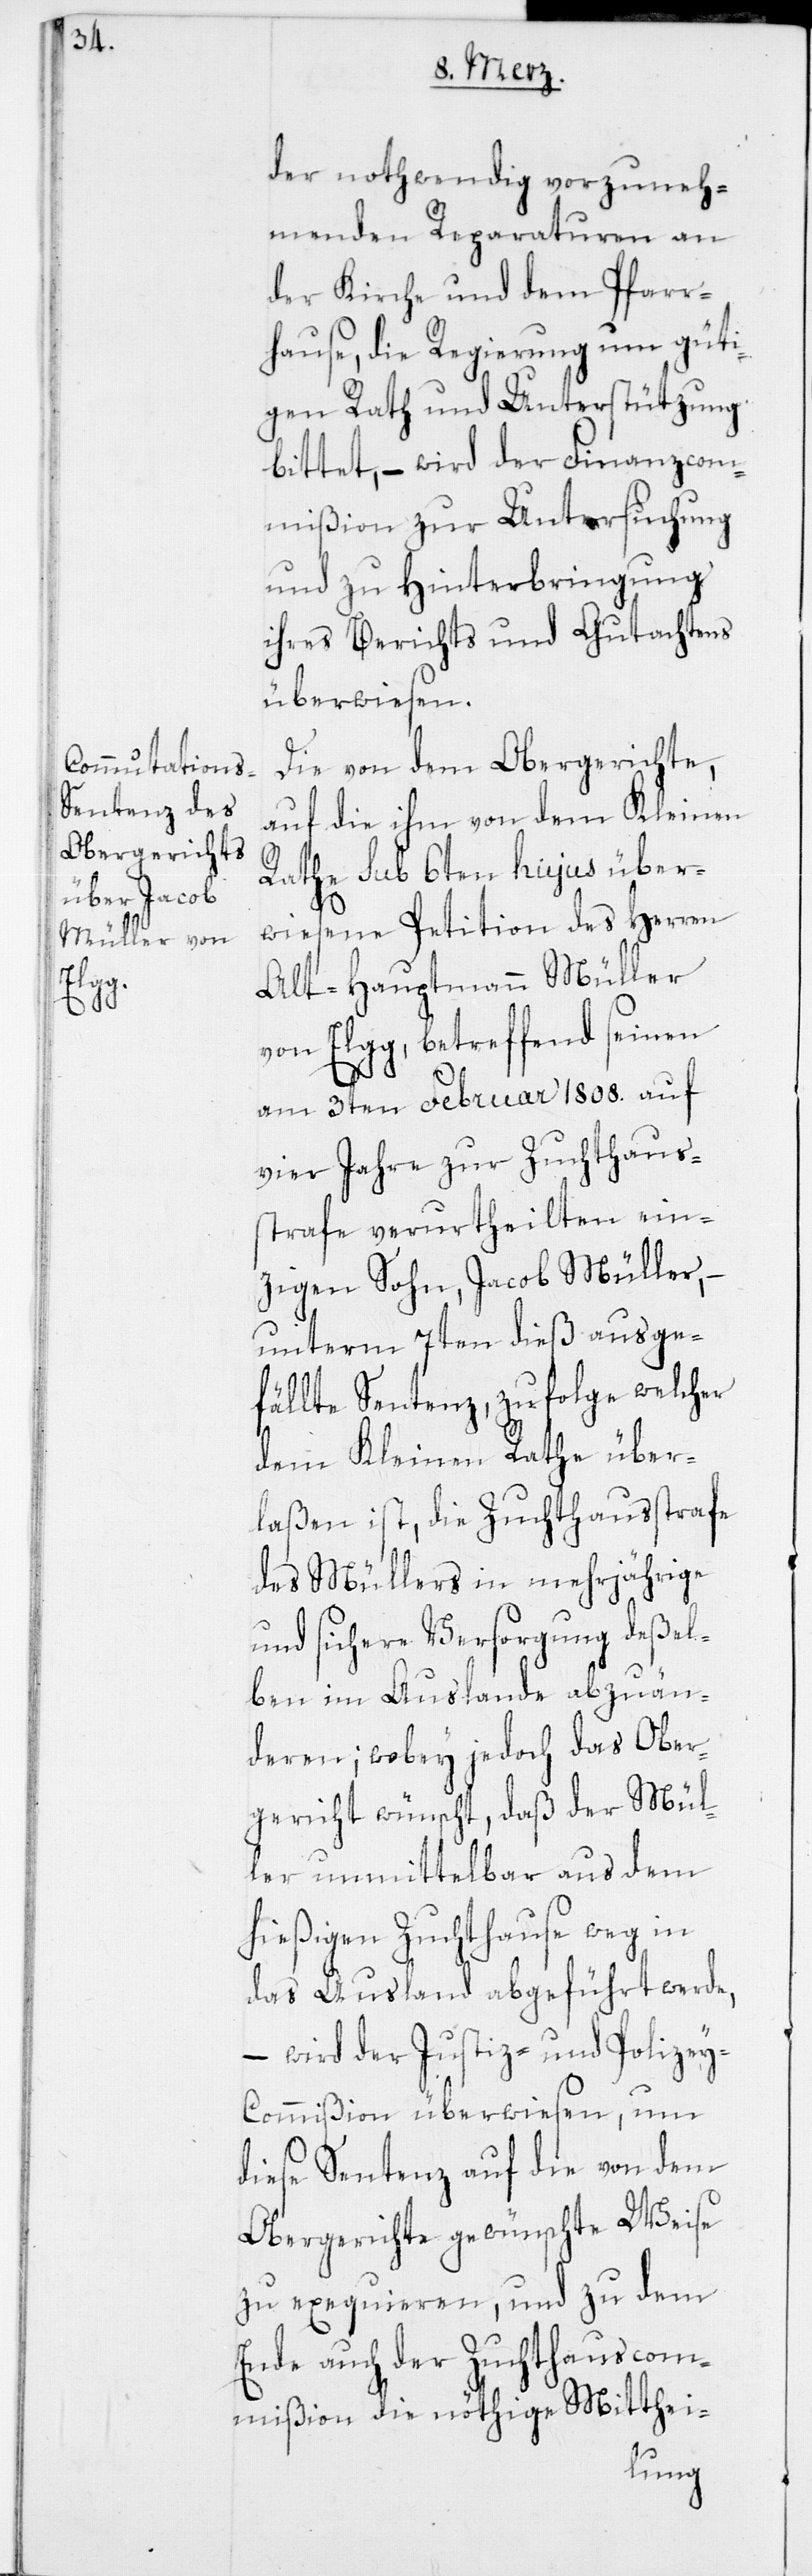
der nothwendig vorzuneh¬
menden Reparaturen an
der Kirche und dem Pfarr¬
hause, die Regierung um güti¬
gen Rath und Unterstützung
bittet, – wird der Finanzcom¬
mißion zur Untersuchung
und zu Hinterbringung
ihres Berichts und Gutachtens
überwiesen.
Die von dem Obergerichte,
auf die ihm von dem Kleinen
Rathe sub 6ten hujus über¬
wiesene Petition des Herren
Alt-Hauptmann Müller
von Elgg, betreffend seinen
am 3ten Februar 1808. auf
vier Jahre zur Zuchthaus¬
strafe verurtheilten ein¬
zigen Sohn, Jacob Müller,
unterm 7ten dieß ausge¬
fällte Sentenz, zufolge welcher
dem Kleinen Rathe über¬
laßen ist, die Zuchthausstrafe
des Müllers in mehrjährige
und sichere Versorgung deßel¬
ben im Auslande abzuän¬
deren; wobey jedoch das Ober¬
gericht wünscht, daß der Mül¬
ler unmittelbar aus dem
hießigen Zuchthause weg in
das Ausland abgeführt werde,
– wird der Justiz- und Polizey-C¬
ommißion überwiesen, um
diese Sentenz auf die von dem
Obergerichte gewünschte Weise
zu exequieren, und zu dem
Ende auch der Zuchthauscom¬
mißion die nöthige Mitthei-